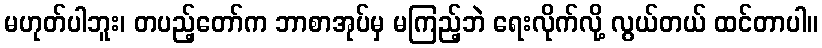
မဟုတ်ပါဘူး၊ တပည့်တော်က ဘာစာအုပ်မှ မကြည့်ဘဲ ရေးလိုက်လို့ လွယ်တယ် ထင်တာပါ။